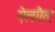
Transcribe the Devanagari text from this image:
ऐलपैल